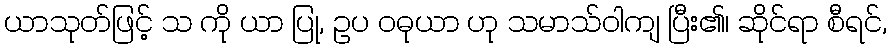
ယာသုတ်ဖြင့် သ ကို ယာ ပြု, ဥပ ဝဓုယာ ဟု သမာသ်ဝါကျ ပြီး၏၊ ဆိုင်ရာ စီရင်,